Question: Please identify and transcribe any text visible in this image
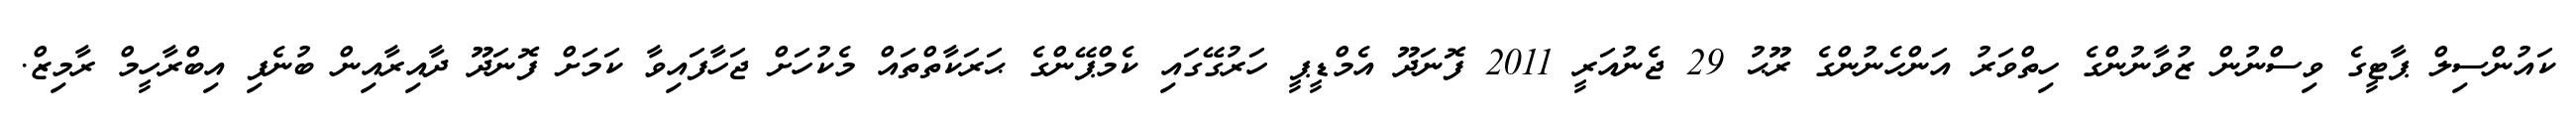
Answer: ކައުންސިލް ޕާޓީގެ ވިސްނުން ޒުވާނުންގެ ހިތްވަރު އަންހެނުންގެ ރޫޙު 29 ޖެނުއަރީ 2011 ފޮނަދޫ އެމްޑީޕީ ހަރުގޭގައި ކެމްޕޭންގެ ޙަރަކާތްތައް މެކުހަށް ޖަހާފައިވާ ކަމަށް ފޮނަދޫ ދާއިރާއިން ބުނެފި އިބްރާހީމް ރާމިޒް.